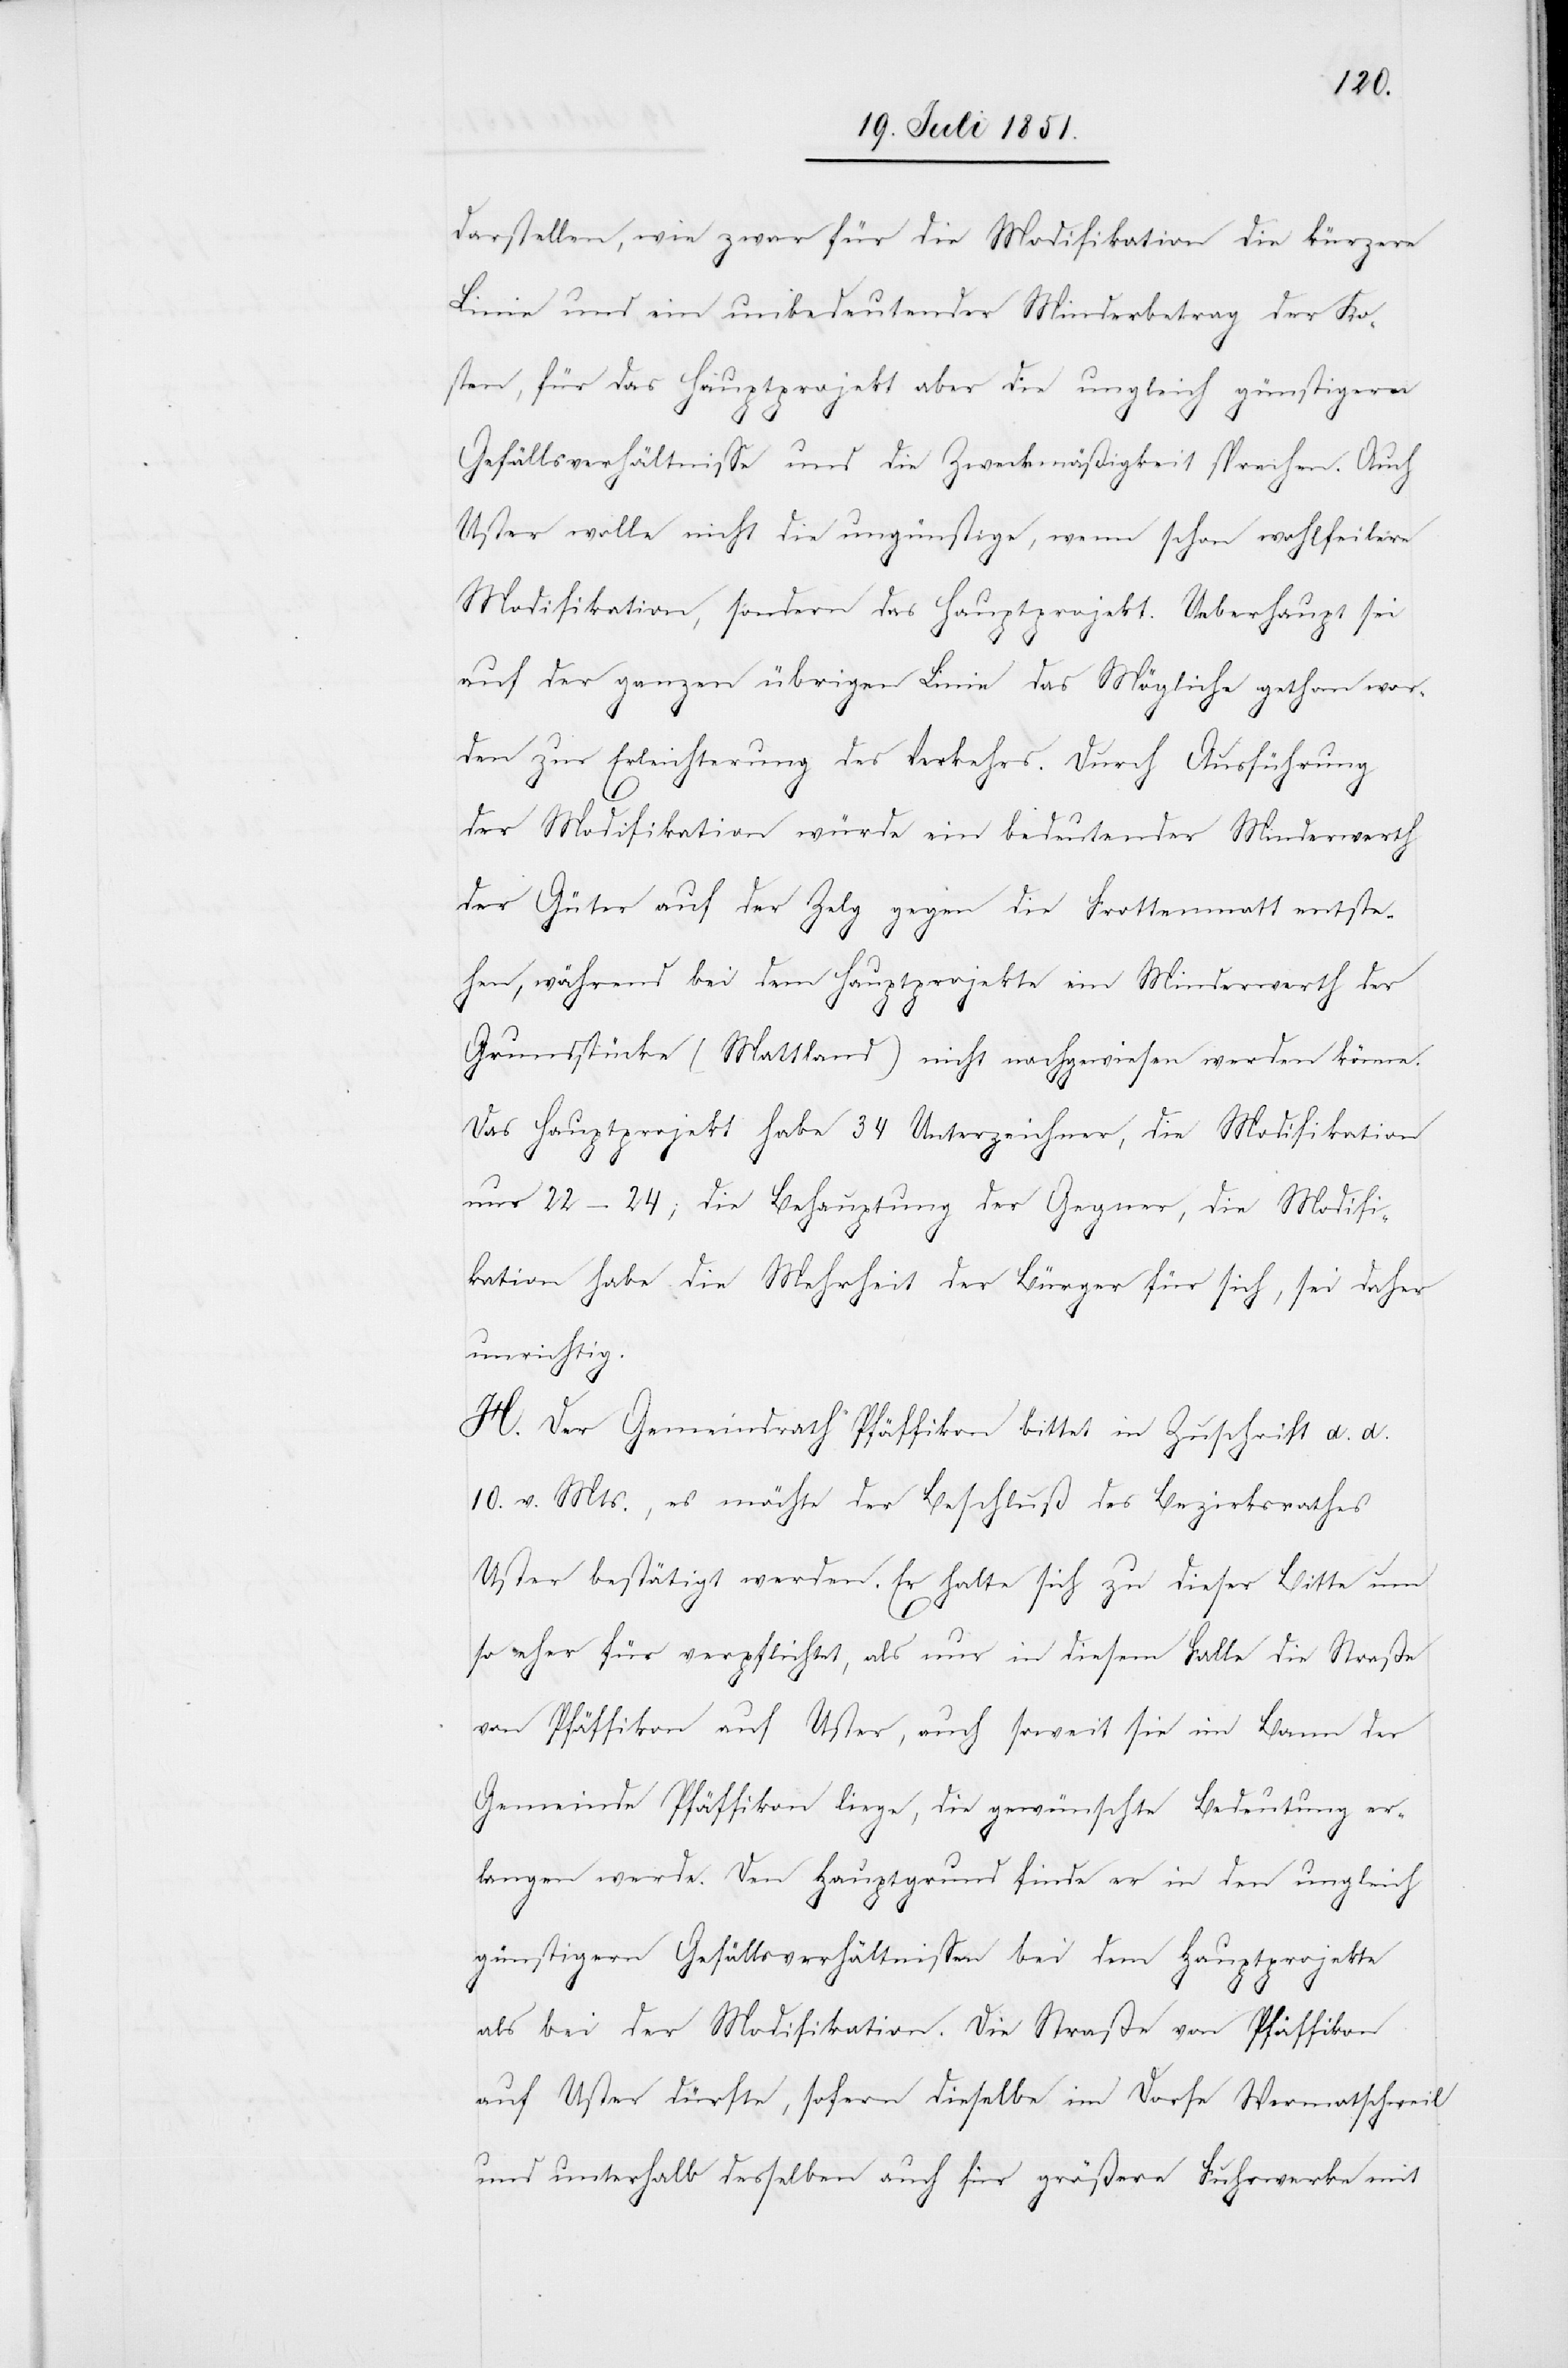
darstellen, wie zwar für die Modifikation die kürzere
Linie und ein unbedeutender Minderbetrag der Ko¬
sten, für das Hauptprojekt aber die ungleich günstigeren
Gefällsverhältnisse und die Zweckmäßigkeit sprechen. Auch
Uster wolle nicht die ungünstige, wenn schon wohlfeilere
Modifikation, sondern das Hauptprojekt. Ueberhaupt sei
auf der ganzen übrigen Linie das Mögliche gethan wor¬
den zur Erleichterung des Verkehrs. Durch Ausführung
der Modifikation würde ein bedeutender Minderwerth
der Güter auf der Zelg gegen die Frottenmatt entste¬
hen, während bei dem Hauptprojekte ein Minderwerth der
Grundstücke (Mattland) nicht nachgewiesen werden könne.
Das Hauptprojekt habe 34 Unterzeichner, die Modifikation
nur 22–24; die Behauptung der Gegner, die Modifi¬
kation habe die Mehrheit der Bürger für sich, sei daher
unrichtig.
H. Der Gemeindrath Pfäffikon bittet in Zuschrift d. d.
10. v. Mts., es möchte der Beschluß des Bezirksrathes
Uster bestätigt werden. Er halte sich zu dieser Bitte um
so eher für verpflichtet, als nur in diesem Falle die Straße
von Pfäffikon auf Uster, auch soweit sie im Bann der
Gemeinde Pfäffikon liege, die gewünschte Bedeutung er¬
langen werde. Den Hauptgrund finde er in den ungleich
günstigern Gefällsverhältnissen bei dem Hauptprojekte
als bei der Modifikation. Die Straße von Pfäffikon
auf Uster dürfte, sofern dieselbe im Dorfe Wermatschweil
und unterhalb desselben auch für größere Fuhrwerke mit